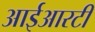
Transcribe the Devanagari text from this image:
आईआरटी